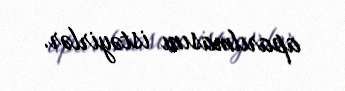
aparılmasını istəyirlər.